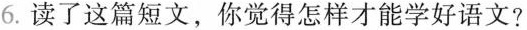
6.读了这篇短文，你觉得怎样才能学好语文?